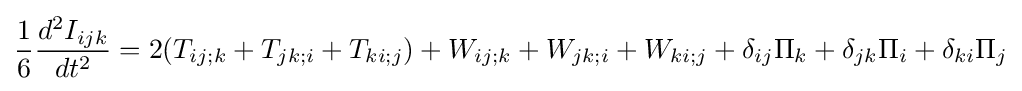
{\frac {1}{6}}{\frac {d^{2}I_{ijk}}{dt^{2}}}=2(T_{ij;k}+T_{jk;i}+T_{ki;j})+W_{ij;k}+W_{jk;i}+W_{ki;j}+\delta _{ij}\Pi _{k}+\delta _{jk}\Pi _{i}+\delta _{ki}\Pi _{j}